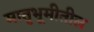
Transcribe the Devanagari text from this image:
मातृभूमीतील